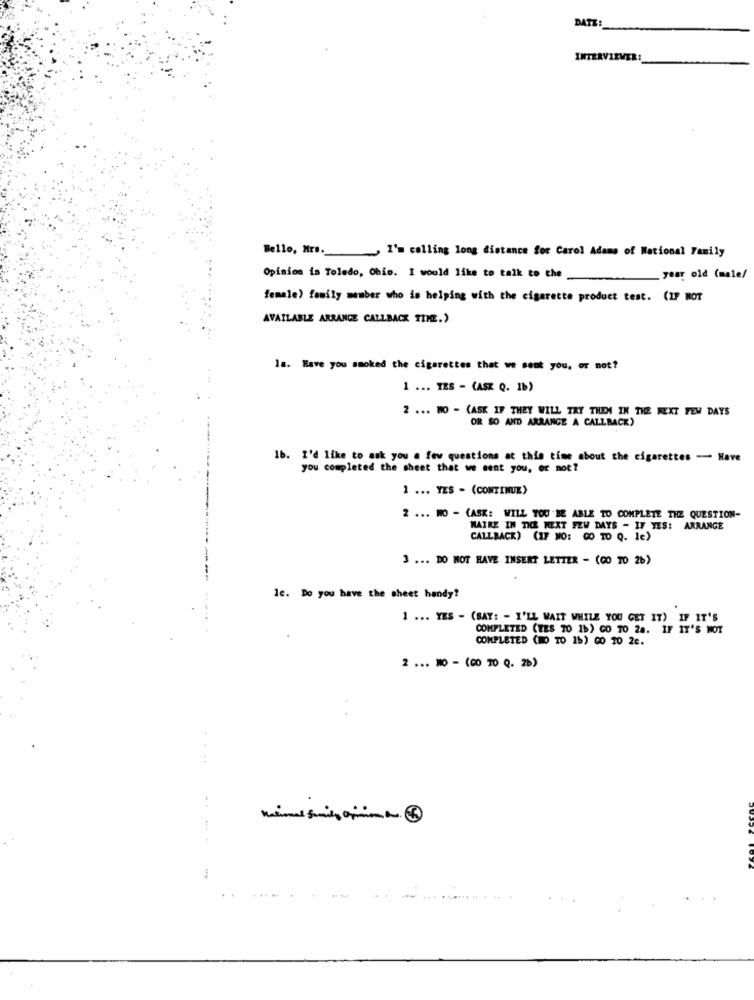
DATE:
INTERVIEWER:
Bello, Mrs ._, I'm colling long distance for Carol Adams of National Family
Opinion in Toledo, Ohio. I would like to talk to the
year old (male/
female) family member who is helping with the cigarette product test. (IF NOT
AVAILABLE ARRANGE CALLBACK TIMEE.)
la. Have you smoked the cigarettes that we sent you, or not?
1 ... TES - (ASK Q. 1b)
2 ... NO - (ASK IF THEY WILL TRY THEM IN THE NEXT FEW DAYS
OR SO AND ARRANGE A CALLBACK)
1b. I'd like to ask you a few questions at this time about the cigarettes -- Have
you completed the sheet that we sent you, or not?
1 ... YES - (CONTINUE)
2 ... RO - (ASK: WILL TOU .BE ABLE TO COMPLETE THE QUESTION-
MAIRE IN THE NEXT FEW DAYS - IF TES: ARRANGE
CALLBACK) (IF NO: GO TO Q. le)
3 ... DO NOT HAVE INSERT LETTER - (CO TO 26)
Ic. Do you have the sheet handy?
1 ... YES - (BAY: - I'LL WAIT WHILE YOU GET IT) IF IT'S
COMPLETED (TES TO 16) GO TO 28. IF IT'S MOT
COMPLETED (MO TO 16) GO 10 2c.
2 ... 20 - (00 70 Q. 26)